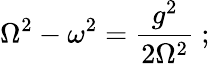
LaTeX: \displaystyle{\mathrm{\Omega}^{2}-\omega^{2}={\frac{g^{2}}{2\mathrm{\Omega}^{2}}}\ ;}